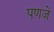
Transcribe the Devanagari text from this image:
पणजे